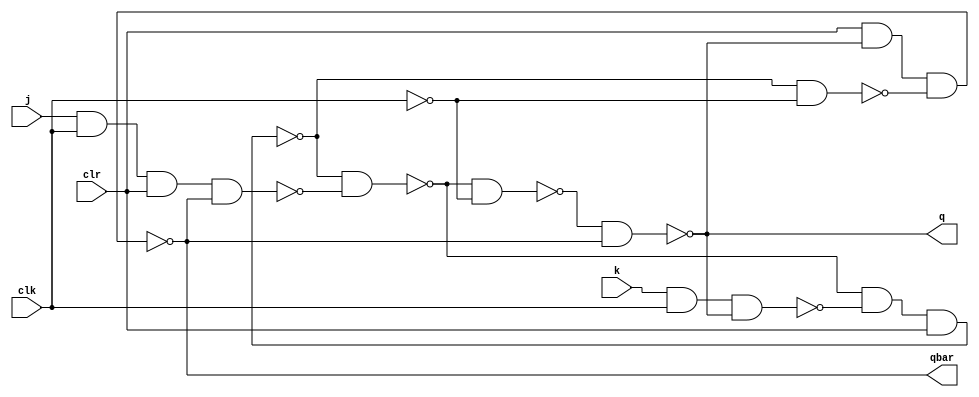
/*
During simulation You need to clk to clk 
firstly clr force 0 then run 1 time then force it 1 
*/

module jk_flip_flop(j,k,clk,clr,q,qbar);
input j,k,clk,clr;
output q,qbar;
wire w1,w2,w3,w4,w5,w6,nc;

nand(w1,j,clk,clr,qbar);
nand(w2,k,clk,q);
nand(w3,w4,w1);
nand(w4,w3,w2,clr);

not(nc,clk);

nand(w5,w3,nc);
nand(w6,w4,nc);
nand(q,w5,qbar);
nand(qbar,clr,q,w6);
endmodule